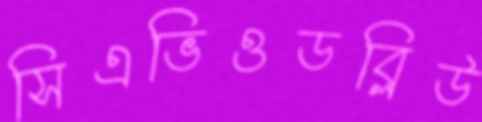
সিএভিওডব্লিউ